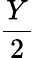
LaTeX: \frac{Y}{2}